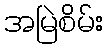
အမြဲစိမ်း